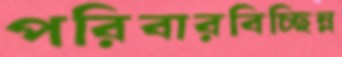
পরিবারবিচ্ছিন্ন